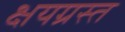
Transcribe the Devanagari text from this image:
क्षयग्रस्त